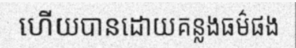
ហើយបានដោយគន្លងធម៌ផង